Vaccination in Burma 1889-1999 - 1889-1999
Year: 1889
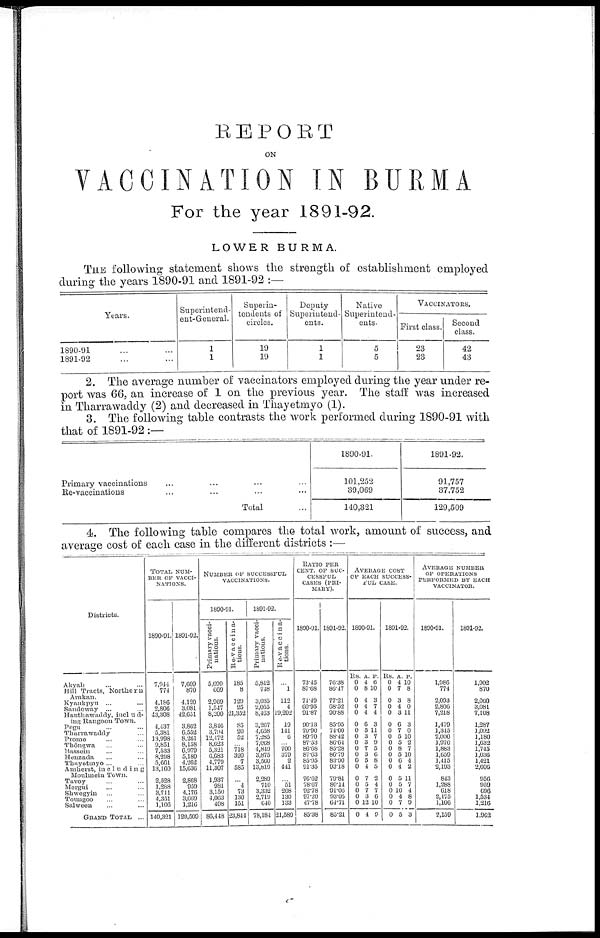
REPORT
ON
VACCINATION IN BURMA
For the year 1891-92.
LOWER BURMA.
THE following statement shows the strength of establishment employed
during the years 1890-91 and 1891-92 :—
Years.
1890-91 ... ...
1891-92 ... ...
Superintend-
ent-General.
1
1
Superin-
tendents of
circles.
19
19
Deputy
Superintend-
ents.
1
1
Native
Superintend-
ents.
5
5
VACCINATORS.
First class.
23
23
Second
class.
42
43
2. The average number of vaccinators employed during the year under re-
port was 66, an increase of 1 on the previous year. The staff was increased
in Tharrawaddy (2) and decreased in Thayetmyo (1).
3. The following table contrasts the work performed during 1890-91 with
that of 1891-92:—
Primary vaccinations ... ... ... ...
Re-vaccinations ... ... ... ...
Total ...
1890-91.
101,252
39,069
140,321
1891-92.
91,757
37,752
129,509
4. The following table compares the total work, amount of success, and
average cost of each case in the different districts :—
Districts.
Akyab ... ...
Hill Tracts, Northern
Arakan.
Kyaukpyu ... ...
Sandoway ... ...
Hanthawaddy, includ-
ing Rangoon Town.
Pegu ... ...
Tharrawaddy ...
Prome ... ...
Thôngwa ... ...
Bassein ... ...
Henzada ... ...
Thayotmyo ... ...
Amherst, including
Moulmein Town.
Tavoy ... ...
Mergui ... ...
Shwegyin ... ...
Toungoo ... ...
Salween ... ...
GRAND TOTAL ...
TOTAL NUM-
BER OF VACCI-
NATIONS.
1890-91.
7,944
774
4,186
2,806
43,308
4,437
5,381
13,998
9,851
7,533
8,298
5,661
13,160
2,528
1,288
3,711
4,351
1,106
140,321
1891-92.
7,609
870
4,120
3,081
42,651
3,862
6,552
8,261
8,158
6,979
5,180
4,262
15,636
2,868
959
4,176
3,069
1,216
129,509
NUMBER OF SUCCESSFUL
VACCINATIONS.
1890-91.
Primary vacci-
nations.
5,099
669
2,969
1,547
8,200
3,846
3,794
12,472
8,623
5,321
6,683
4,779
11,307
1,937
981
3,150
4,063
408
86,448
Re-vaccina-
tions.
185
8
129
25
21,352
85
20
52
...
718
320
7
585
...
4
73
130
151
23,841
1891-92.
Primary vacci-
nations.
5,812
748
3,035
2,055
8,463
3,267
4,658
7,285
7,068
4,849
3,875
3,560
13,819
2,289
710
3,332
2,719
640
78,184
Re-vaccina-
tions.
...
1
112
4
19,202
19
141
6
700
379
2
441
...
51
268
130
133
21,589
RATIO PER
CENT. OF SUC-
CESSFUL
CASES (PRI-
MARY).
1890-91.
73.45
87.68
74.49
60.95
91.87
90.13
70.90
89.70
87.53
86.68
87.63
85.95
91.35
76.62
78.67
92.78
97.20
47.78
85.38
1891-92.
76.38
86.47
77.21
68.52
90.88
85.95
74.00
88.42
86.64
85.28
86.79
83.90
93.18
79.81
80.14
91.06
93.05
64.71
85.21
AVERAGE COST
OF EACH SUCCESS-
FUL CASE.
1890-91.
Rs.
0
0
0
0
0
0
0
0
0
0
0
0
0
0
0
0
0
0
0
A.
4
8
4
4
4
6
5
3
3
7
3
5
4
7
5
7
3
12
4
P.
6
10
3
7
4
3
11
7
9
5 6
8
5
2
4
7
6
10
9
1891-92.
Rs.
0
0
0
0
0
0
0
0
0
0
0
0
0
0
0
0
0
0
0
A.
4
7
3
4
3
6
7
5
5
8
5
6
4
5
5
10
4
7
5
P.
10
8
8
0
11
3
0
10
2
7
10
4
2
11
7
4
8
9
3
AVERAGE NUMBER
OF OPERATIONS
PERFORMED BY EACH
VACCINATOR.
1890-91.
1,986
774
2,093 2,806
7,218
1,479
1,345
2,000
1,970
1,883
1,659
1,415
2,193
843
1,288
618
2,175
1,106
2,159
1891-92.
1,902
870
2,060
3,081
7,108
1,287
1,092
1,180
1,632
1,745
1,036
1,421
2,606
956
959
696
1,534
1,216
1,962